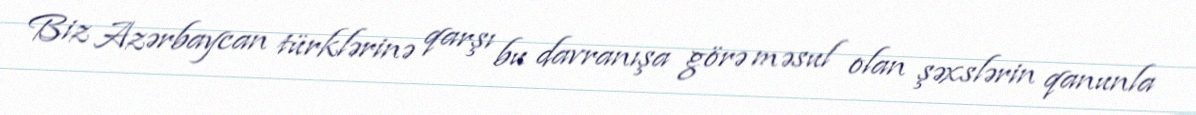
Biz Azərbaycan türklərinə qarşı bu davranışa görə məsul olan şəxslərin qanunla